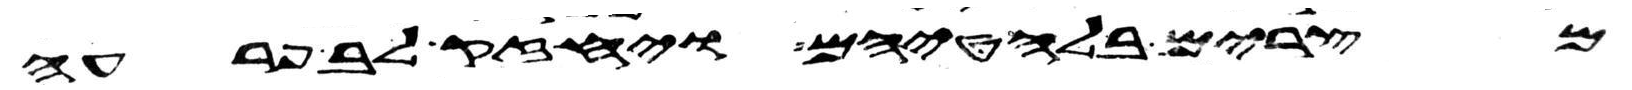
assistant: מצרים בלחטיהם ויחזק לב פרעה